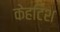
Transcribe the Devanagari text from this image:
केहटिश